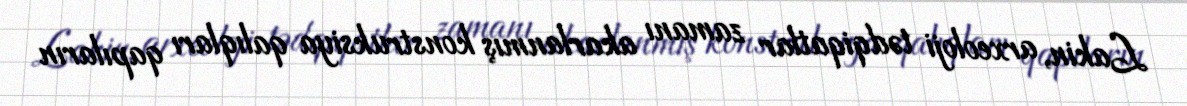
Lakin, arxeoloji tədqiqatlar zamanı akarlanmış konstruksiya qalıqları qapıların